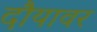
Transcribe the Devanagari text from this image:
दौयावर